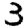
Digit: 3